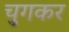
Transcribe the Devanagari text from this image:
चुगकर